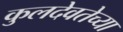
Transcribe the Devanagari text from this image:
कुलदेवतेच्या